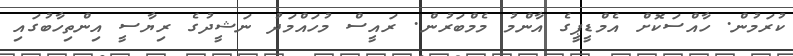
ކުރަމުން. ހާއްސަކޮށް އެމްޑީޕީގެ އާންމު މެމްބަރުން. ރައީސް މުހައްމަދު ނަޝީދުގެ ރިޔާސީ އިންތިހާބުގައި